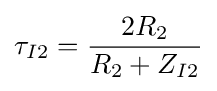
\tau _{I2}={\frac {2R_{2}}{R_{2}+Z_{I2}}}